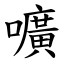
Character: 嚝